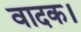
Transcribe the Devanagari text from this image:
वादक।